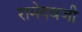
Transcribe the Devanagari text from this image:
रामेदवजी